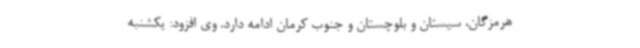
هرمزگان، سیستان و بلوچستان و جنوب کرمان ادامه دارد. وی افزود: یکشنبه